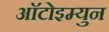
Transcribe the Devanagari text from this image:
आॅटोइम्युन